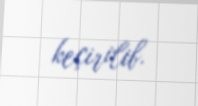
keçirilib.